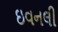
ઇવનલી